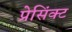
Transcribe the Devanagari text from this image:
प्रेसिंक्ट